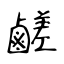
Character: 鹺